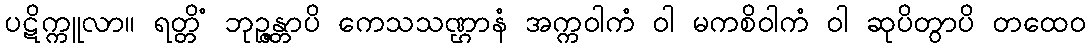
ပဋိက္ကူလာ။ ရတ္တိံ ဘုဉ္ဇန္တာပိ ကေသသဏ္ဌာနံ အက္ကဝါကံ ဝါ မကစိဝါကံ ဝါ ဆုပိတွာပိ တထေဝ